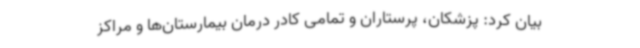
بیان کرد: پزشکان، پرستاران و تمامی کادر درمان بیمارستان‌ها و مراکز